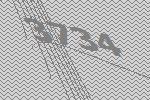
3734